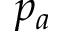
p _ { a }